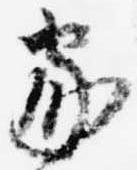
家